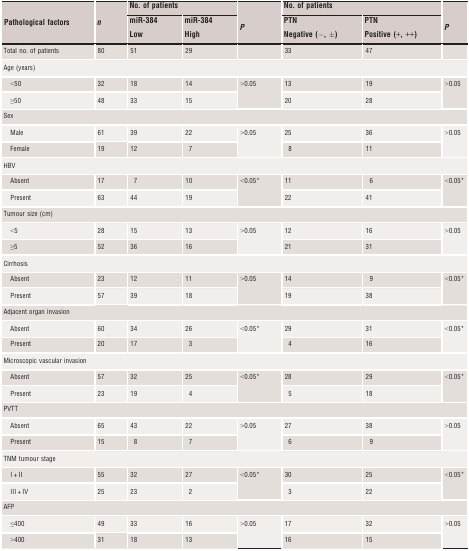
<table><thead><tr><td rowspan="3"><b>Pathological factors</b></td><td rowspan="3"><b><i>n</i> </b></td><td colspan="2"><b>No. of patients</b></td><td></td><td colspan="2"><b>No. of patients</b></td><td></td></tr><tr><td><b>miR‐384</b></td><td><b>miR‐384</b></td><td rowspan="2"><b><i>P</i></b></td><td><b>PTN</b></td><td><b>PTN</b></td><td rowspan="2"><b><i>P</i></b></td></tr><tr><td><b>Low</b></td><td><b>High</b></td><td><b>Negative (−, ±)</b></td><td><b>Positive (+, ++)</b></td></tr></thead><tbody><tr><td>Total no. of patients</td><td>80</td><td>51</td><td>29</td><td></td><td>33</td><td>47</td><td></td></tr><tr><td colspan="8">Age (years)</td></tr><tr><td>&lt;50</td><td>32</td><td>18</td><td>14</td><td rowspan="2">&gt;0.05</td><td>13</td><td>19</td><td rowspan="2">&gt;0.05</td></tr><tr><td>≥50</td><td>48</td><td>33</td><td>15</td><td>20</td><td>28</td></tr><tr><td colspan="8">Sex</td></tr><tr><td>Male</td><td>61</td><td>39</td><td>22</td><td rowspan="2">&gt;0.05</td><td>25</td><td>36</td><td rowspan="2">&gt;0.05</td></tr><tr><td>Female</td><td>19</td><td>12</td><td>7</td><td>8</td><td>11</td></tr><tr><td colspan="8">HBV</td></tr><tr><td>Absent</td><td>17</td><td>7</td><td>10</td><td rowspan="2">&lt;0.05a</td><td>11</td><td>6</td><td rowspan="2">&lt;0.05a</td></tr><tr><td>Present</td><td>63</td><td>44</td><td>19</td><td>22</td><td>41</td></tr><tr><td colspan="8">Tumour size (cm)</td></tr><tr><td>&lt;5</td><td>28</td><td>15</td><td>13</td><td rowspan="2">&gt;0.05</td><td>12</td><td>16</td><td rowspan="2">&gt;0.05</td></tr><tr><td>≥5</td><td>52</td><td>36</td><td>16</td><td>21</td><td>31</td></tr><tr><td colspan="8">Cirrhosis</td></tr><tr><td>Absent</td><td>23</td><td>12</td><td>11</td><td rowspan="2">&gt;0.05</td><td>14</td><td>9</td><td rowspan="2">&lt;0.05a</td></tr><tr><td>Present</td><td>57</td><td>39</td><td>18</td><td>19</td><td>38</td></tr><tr><td colspan="8">Adjacent organ invasion</td></tr><tr><td>Absent</td><td>60</td><td>34</td><td>26</td><td rowspan="2">&lt;0.05a</td><td>29</td><td>31</td><td rowspan="2">&lt;0.05a</td></tr><tr><td>Present</td><td>20</td><td>17</td><td>3</td><td>4</td><td>16</td></tr><tr><td colspan="8">Microscopic vascular invasion</td></tr><tr><td>Absent</td><td>57</td><td>32</td><td>25</td><td rowspan="2">&lt;0.05a</td><td>28</td><td>29</td><td rowspan="2">&lt;0.05a</td></tr><tr><td>Present</td><td>23</td><td>19</td><td>4</td><td>5</td><td>18</td></tr><tr><td colspan="8">PVTT</td></tr><tr><td>Absent</td><td>65</td><td>43</td><td>22</td><td rowspan="2">&gt;0.05</td><td>27</td><td>38</td><td rowspan="2">&gt;0.05</td></tr><tr><td>Present</td><td>15</td><td>8</td><td>7</td><td>6</td><td>9</td></tr><tr><td colspan="8">TNM tumour stage</td></tr><tr><td>I + II</td><td>55</td><td>32</td><td>27</td><td rowspan="2">&lt;0.05a</td><td>30</td><td>25</td><td rowspan="2">&lt;0.05a</td></tr><tr><td>III + IV</td><td>25</td><td>23</td><td>2</td><td>3</td><td>22</td></tr><tr><td colspan="8">AFP</td></tr><tr><td>≤400</td><td>49</td><td>33</td><td>16</td><td rowspan="2">&gt;0.05</td><td>17</td><td>32</td><td rowspan="2">&gt;0.05</td></tr><tr><td>&gt;400</td><td>31</td><td>18</td><td>13</td><td>16</td><td>15</td></tr></tbody></table>